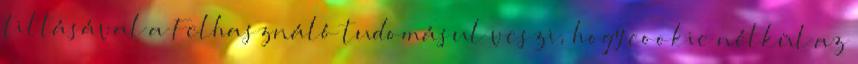
tiltásával a Felhasználó tudomásul veszi, hogy cookie nélkül az